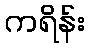
ကရိန်း